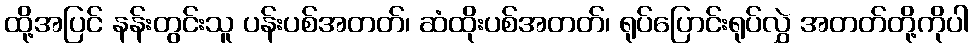
ထို့အပြင် နန်းတွင်းသူ ပန်းပစ်အတတ်၊ ဆံထိုးပစ်အတတ်၊ ရုပ်ပြောင်းရုပ်လွှဲ အတတ်တို့ကိုပါ